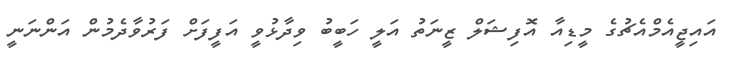
އައިޖީއެމްއެޗުގެ މީޑިއާ އޮފިޝަލް ޒީނަތު އަލީ ހަބީބު ވިދާޅުވީ އަފީފަށް ފަރުވާދެމުން އަންނަނީ